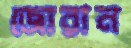
জোরান